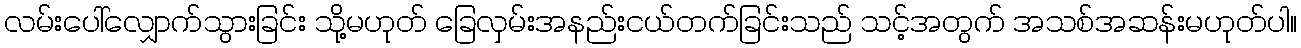
လမ်းပေါ်လျှောက်သွားခြင်း သို့မဟုတ် ခြေလှမ်းအနည်းငယ်တက်ခြင်းသည် သင့်အတွက် အသစ်အဆန်းမဟုတ်ပါ။